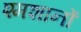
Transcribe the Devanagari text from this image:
श्मशानों